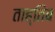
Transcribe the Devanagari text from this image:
ताह्तिब